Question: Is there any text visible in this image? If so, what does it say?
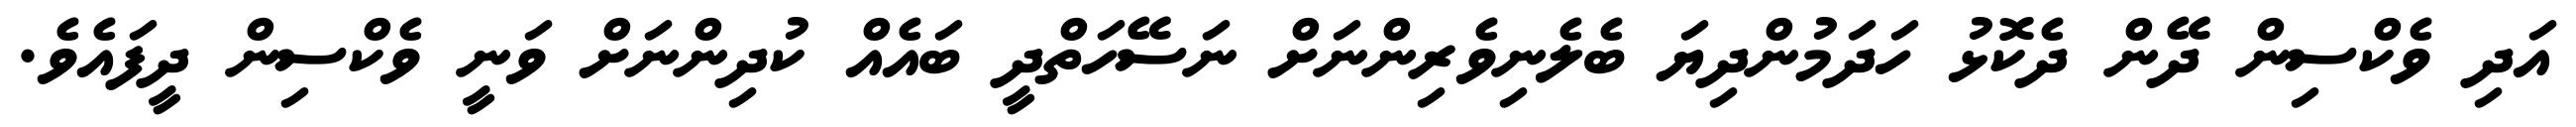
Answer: އަދި ވެކްސިން ދޭން ދެކޮޅު ހަދަމުންދިޔަ ބެލެނިވެރިންނަށް ނަސޭހަތްދީ ބައެއް ކުދިންނަށް ވަނީ ވެކްސިން ދީފައެވެ.